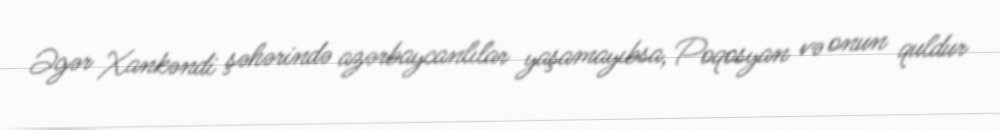
Əgər Xankəndi şəhərində azərbaycanlılar yaşamayıbsa, Poqosyan və onun quldur